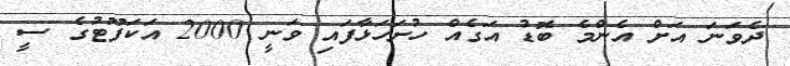
ދެވަނަ އަށް އެންމެ ބޮޑު އަގެއް ހުށަހަޅާފައި ވަނީ 2000 އަކަފޫޓުގެ ސީ